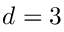
d = 3